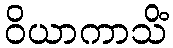
ဝိယာကာသိံ